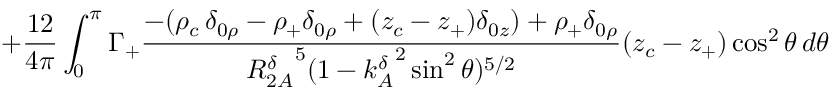
+ \frac { 1 2 } { 4 \pi } \int _ { 0 } ^ { \pi } \Gamma _ { + } \frac { - ( \rho _ { c } \, \delta _ { 0 \rho } - \rho _ { + } \delta _ { 0 \rho } + ( z _ { c } - z _ { + } ) \delta _ { 0 z } ) + \rho _ { + } \delta _ { 0 \rho } } { { R _ { 2 A } ^ { \delta } } ^ { 5 } ( 1 - { k _ { A } ^ { \delta } } ^ { 2 } \sin ^ { 2 } \theta ) ^ { 5 / 2 } } ( z _ { c } - z _ { + } ) \cos ^ { 2 } \theta \, d \theta